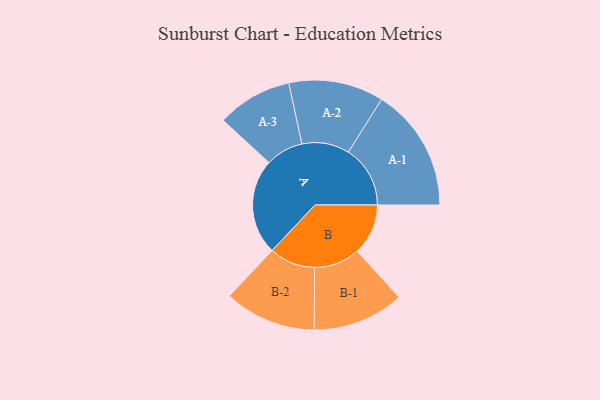
{"axis": {"x": "Segment", "y": "Value"}, "legend": ["", "A", "B"], "data": [{"x": "A", "y": 439, "type": ""}, {"x": "B", "y": 234, "type": ""}, {"x": "A-1", "y": 284, "type": "A"}, {"x": "A-2", "y": 218, "type": "A"}, {"x": "A-3", "y": 173, "type": "A"}, {"x": "B-1", "y": 210, "type": "B"}, {"x": "B-2", "y": 211, "type": "B"}]}